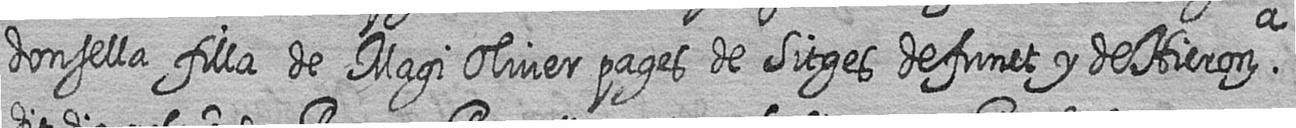
donsella filla de Magi Oliver pages de Sitges defunct y de Hierona